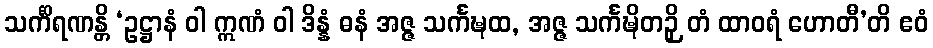
သင်္ကိရဏန္တိ ‘ဥဋ္ဌာနံ ဝါ ဣဏံ ဝါ ဒိန္နံ ဓနံ အဇ္ဇ သင်္ကဍ္ဎထ, အဇ္ဇ သင်္ကဍ္ဎိတဉှိ တံ ထာဝရံ ဟောတီ’တိ ဧဝံ